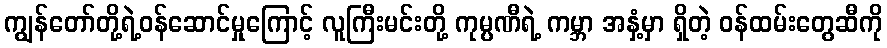
ကျွန်တော်တို့ရဲ့ဝန်ဆောင်မှုကြောင့် လူကြီးမင်းတို့ ကုမ္ပဏီရဲ့ ကမ္ဘာ အနှံ့မှာ ရှိတဲ့ ဝန်ထမ်းတွေဆီကို